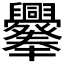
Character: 𦧁